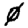
Digit: 0